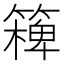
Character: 𥴖